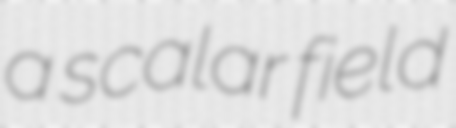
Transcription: a scalar field